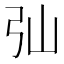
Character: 㢫